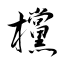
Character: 欓